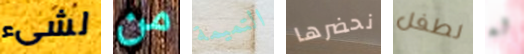
لشىء من التميمة نحضرها لطفل له